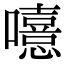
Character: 𡃨